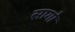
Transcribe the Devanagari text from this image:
सागो